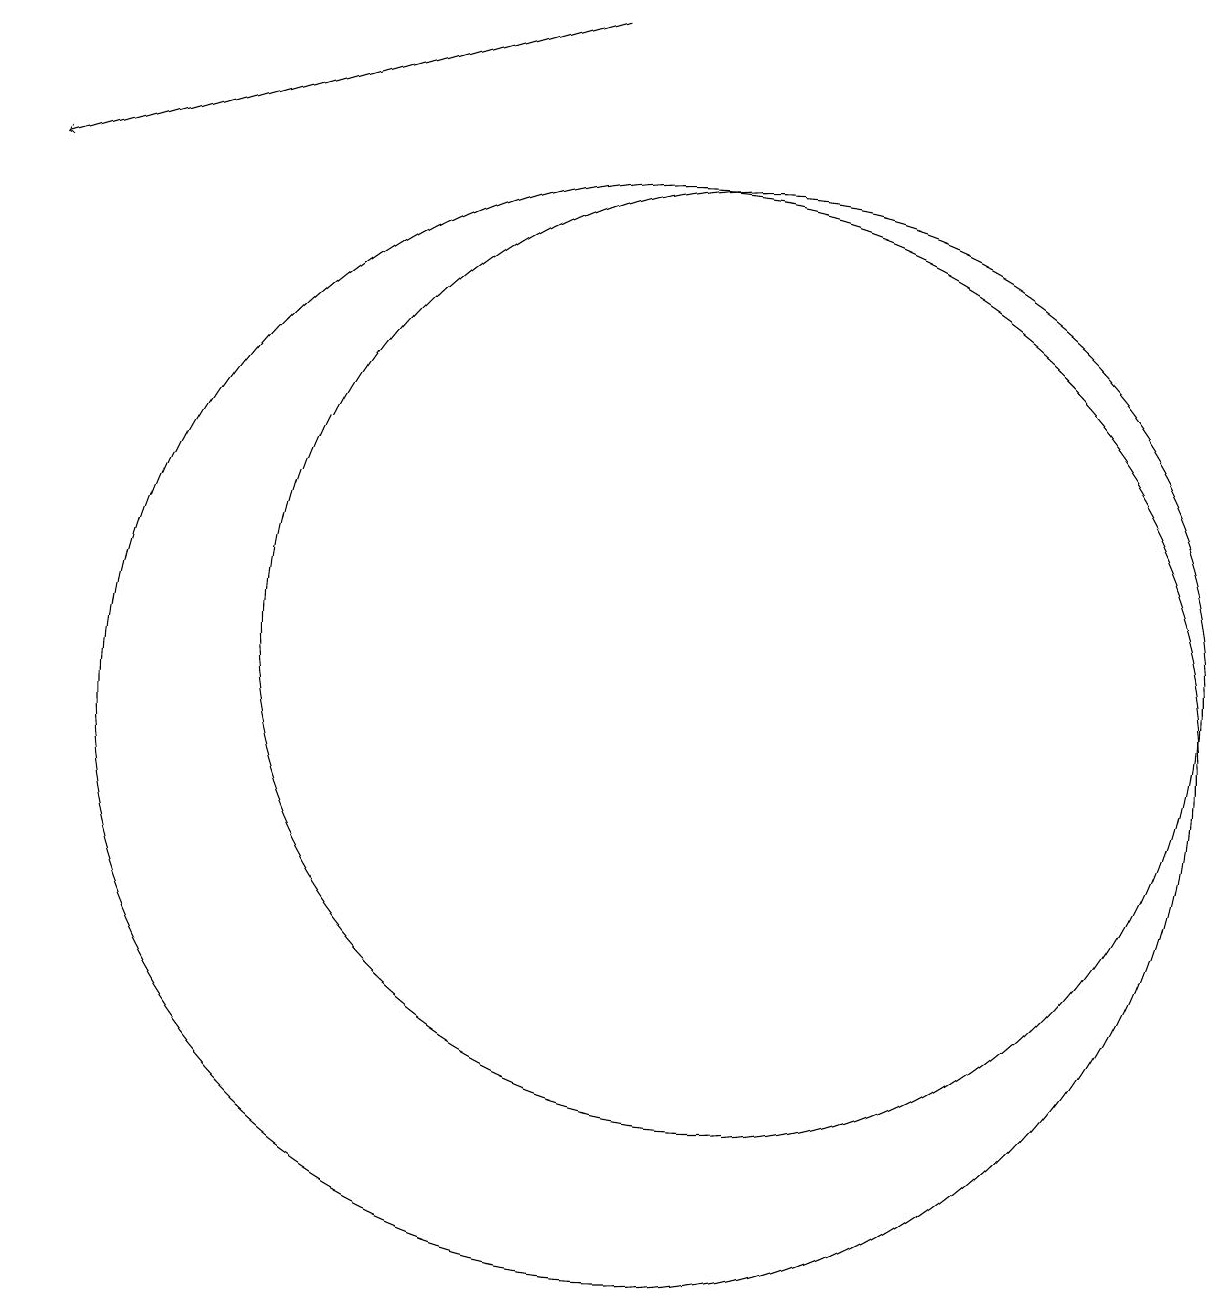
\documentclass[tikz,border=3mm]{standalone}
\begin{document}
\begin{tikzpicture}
\draw[->] (9,19) -- (2,17);
\draw (10,10) circle (7);
\draw (11,11) circle (6);
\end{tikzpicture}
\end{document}